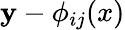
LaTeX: \mathbf{y}-\phi_{ij}(x)